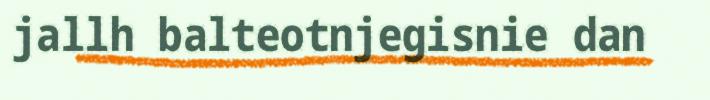
jallh balteotnjegisnie dan